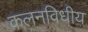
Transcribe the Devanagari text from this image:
कलनविधीय